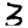
Digit: 3